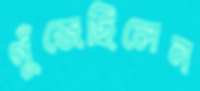
গুঁজেছিলেন